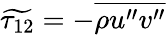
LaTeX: \widetilde{\tau_{12}}=-\overline{{\rho u^{\prime\prime}v^{\prime\prime}}}